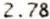
2.78